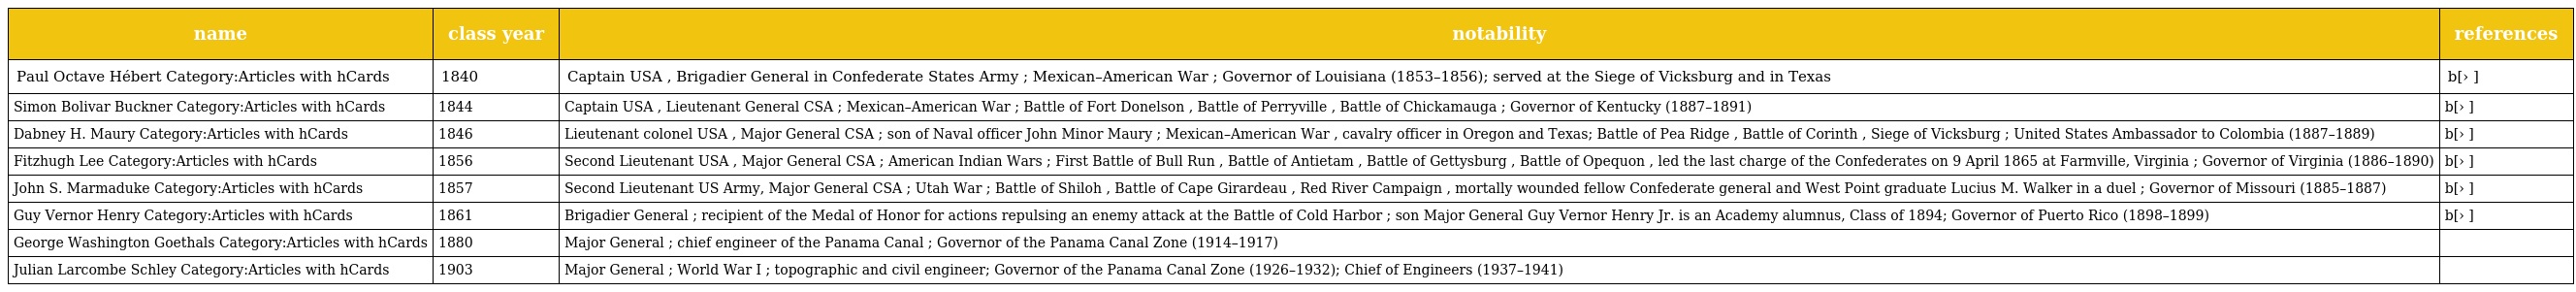
| name | class year | notability | references |
 | --- | --- | --- | --- |
 | Paul Octave Hébert Category:Articles with hCards | 1840 | Captain USA , Brigadier General in Confederate States Army ; Mexican–American War ; Governor of Louisiana (1853–1856); served at the Siege of Vicksburg and in Texas | b[› ] |
 | Simon Bolivar Buckner Category:Articles with hCards | 1844 | Captain USA , Lieutenant General CSA ; Mexican–American War ; Battle of Fort Donelson , Battle of Perryville , Battle of Chickamauga ; Governor of Kentucky (1887–1891) | b[› ] |
 | Dabney H. Maury Category:Articles with hCards | 1846 | Lieutenant colonel USA , Major General CSA ; son of Naval officer John Minor Maury ; Mexican–American War , cavalry officer in Oregon and Texas; Battle of Pea Ridge , Battle of Corinth , Siege of Vicksburg ; United States Ambassador to Colombia (1887–1889) | b[› ] |
 | Fitzhugh Lee Category:Articles with hCards | 1856 | Second Lieutenant USA , Major General CSA ; American Indian Wars ; First Battle of Bull Run , Battle of Antietam , Battle of Gettysburg , Battle of Opequon , led the last charge of the Confederates on 9 April 1865 at Farmville, Virginia ; Governor of Virginia (1886–1890) | b[› ] |
 | John S. Marmaduke Category:Articles with hCards | 1857 | Second Lieutenant US Army, Major General CSA ; Utah War ; Battle of Shiloh , Battle of Cape Girardeau , Red River Campaign , mortally wounded fellow Confederate general and West Point graduate Lucius M. Walker in a duel ; Governor of Missouri (1885–1887) | b[› ] |
 | Guy Vernor Henry Category:Articles with hCards | 1861 | Brigadier General ; recipient of the Medal of Honor for actions repulsing an enemy attack at the Battle of Cold Harbor ; son Major General Guy Vernor Henry Jr. is an Academy alumnus, Class of 1894; Governor of Puerto Rico (1898–1899) | b[› ] |
 | George Washington Goethals Category:Articles with hCards | 1880 | Major General ; chief engineer of the Panama Canal ; Governor of the Panama Canal Zone (1914–1917) |  |
 | Julian Larcombe Schley Category:Articles with hCards | 1903 | Major General ; World War I ; topographic and civil engineer; Governor of the Panama Canal Zone (1926–1932); Chief of Engineers (1937–1941) |  |